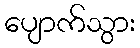
ပျောက်သွား